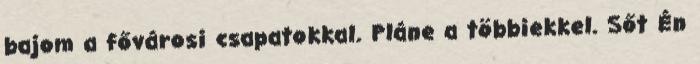
bajom a fővárosi csapatokkal. Pláne a többiekkel. Sőt Én